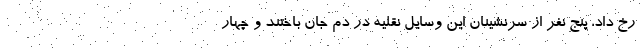
رخ داد، پنج نفر از سرنشینان این وسایل نقلیه در دم جان باختند و چهار